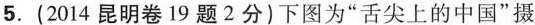
5.(2014昆明卷19题2分)下图为”舌尖上的中国”摄